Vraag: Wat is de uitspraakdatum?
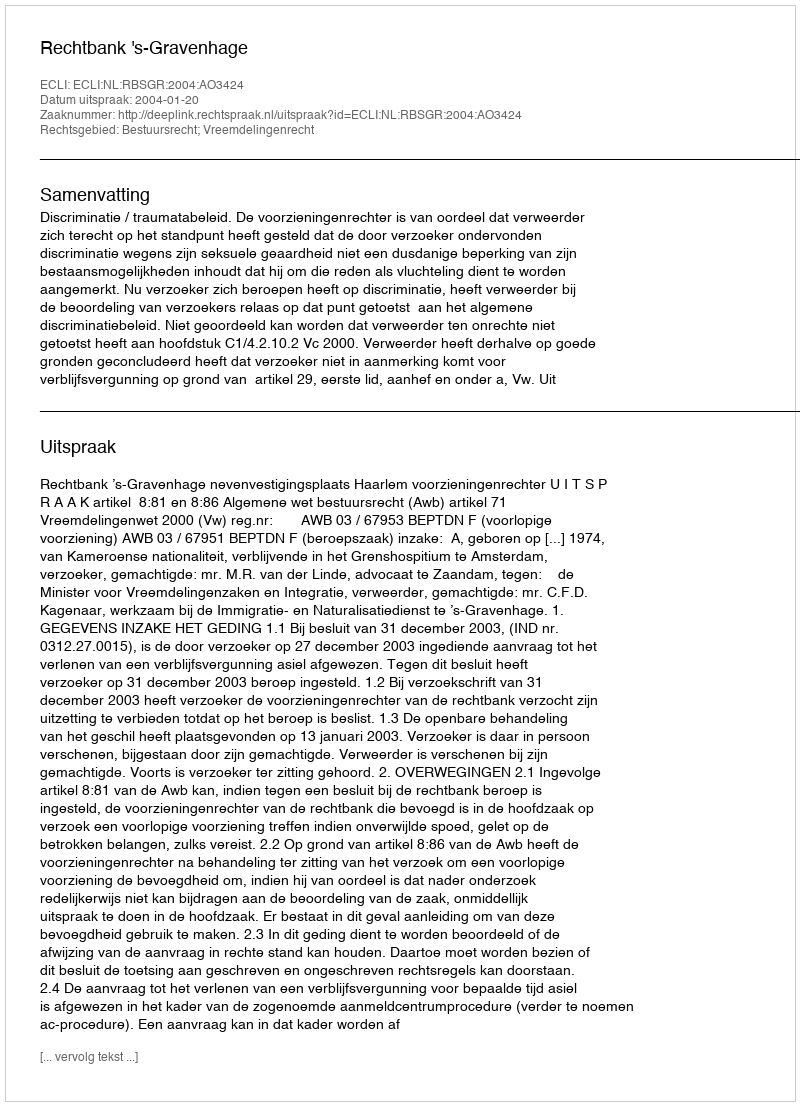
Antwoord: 2004-01-20